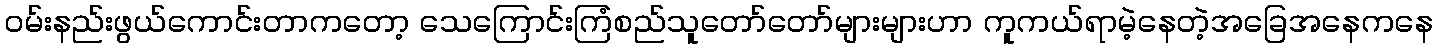
ဝမ်းနည်းဖွယ်ကောင်းတာကတော့ သေကြောင်းကြံစည်သူတော်တော်များများဟာ ကူကယ်ရာမဲ့နေတဲ့အခြေအနေကနေ